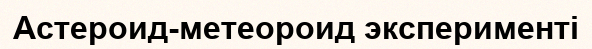
Астероид-метеороид эксперименті